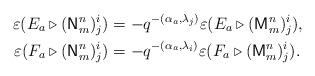
LaTeX: \begin{align*}\varepsilon(E_a \triangleright (\mathsf{N}^n_m)^i_j)& = - q^{-(\alpha_a, \lambda_j)} \varepsilon(E_a \triangleright (\mathsf{M}^n_m)^i_j), \\\varepsilon(F_a \triangleright (\mathsf{N}^n_m)^i_j)& = - q^{-(\alpha_a, \lambda_i)}\varepsilon(F_a \triangleright (\mathsf{M}^n_m)^i_j).\end{align*}